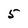
Character: 5